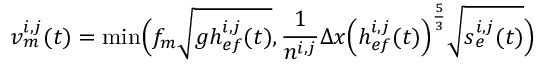
v _ { m } ^ { i , j } ( t ) = \operatorname* { m i n } \Bigl ( f _ { m } \sqrt { g h _ { e f } ^ { i , j } ( t ) } , \frac { 1 } { n ^ { i , j } } \Delta x \Bigl ( h _ { e f } ^ { i , j } ( t ) \Bigr ) ^ { \frac { 5 } { 3 } } \sqrt { s _ { e } ^ { i , j } ( t ) } \Bigr )